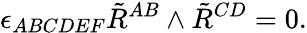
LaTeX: \epsilon_{ABCDEF}\tilde{R}^{AB}\wedge\tilde{R}^{CD}=0.